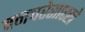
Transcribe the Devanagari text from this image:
वनचरेसारखे